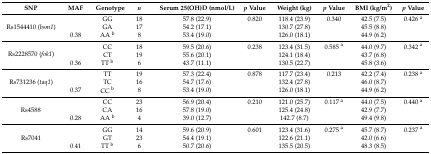
<table><thead><tr><td><b>SNP</b></td><td><b>MAF</b></td><td><b>Genotype</b></td><td><b><i>n</i></b></td><td><b>Serum 25(OH)D (nmol/L)</b></td><td><b><i>p</i> Value</b></td><td><b>Weight (kg)</b></td><td><b><i>p</i> Value</b></td><td><b>BMI (kg/m<sup>2</sup>)</b></td><td><b><i>p</i> Value</b></td></tr></thead><tbody><tr><td rowspan="3">Rs1544410 (<i>bsm1</i>)</td><td></td><td>GG</td><td>18</td><td>57.8 (22.9)</td><td>0.820</td><td>118.4 (23.9)</td><td>0.340</td><td>42.5 (7.5)</td><td>0.426 <sup>a</sup></td></tr><tr><td></td><td>GA</td><td>17</td><td>54.2 (17.1)</td><td></td><td>130.7 (27.8)</td><td></td><td>45.5 (8.8)</td><td></td></tr><tr><td>0.38</td><td>AA <sup>b</sup></td><td>8</td><td>53.4 (19.0)</td><td></td><td>126.0 (18.1)</td><td></td><td>44.9 (6.2)</td><td></td></tr><tr><td rowspan="3">Rs2228570 (<i>fok1</i>)</td><td></td><td>CC</td><td>18</td><td>59.5 (20.6)</td><td>0.238</td><td>123.4 (31.5)</td><td>0.585 <sup>a</sup></td><td>44.0 (9.7)</td><td>0.342 <sup>a</sup></td></tr><tr><td></td><td>CT</td><td>19</td><td>55.6 (20.1)</td><td></td><td>124.1 (18.4)</td><td></td><td>43.7 (6.8)</td><td></td></tr><tr><td>0.36</td><td>TT <sup>b</sup></td><td>6</td><td>43.7 (11.1)</td><td></td><td>130.5 (22.7)</td><td></td><td>45.8 (3.6)</td><td></td></tr><tr><td rowspan="3">Rs731236 (<i>taq1</i>)</td><td></td><td>TT</td><td>19</td><td>57.3 (22.4)</td><td>0.878</td><td>117.7 (23.4)</td><td>0.213</td><td>42.2 (7.4)</td><td>0.238 <sup>a</sup></td></tr><tr><td></td><td>TC</td><td>16</td><td>54.7 (17.6)</td><td></td><td>132.4 (27.8)</td><td></td><td>46.0 (8.7)</td><td></td></tr><tr><td>0.37</td><td>CC <sup>b</sup></td><td>8</td><td>53.4 (19.0)</td><td></td><td>126.0 (18.1)</td><td></td><td>44.9 (6.2)</td><td></td></tr><tr><td rowspan="3">Rs4588</td><td></td><td>CC</td><td>23</td><td>56.9 (20.4)</td><td>0.210</td><td>121.0 (25.7)</td><td>0.117 <sup>a</sup></td><td>44.0 (7.5)</td><td>0.440 <sup>a</sup></td></tr><tr><td></td><td>CA</td><td>16</td><td>57.8 (19.0)</td><td></td><td>125.4 (24.8)</td><td></td><td>42.9 (7.7)</td><td></td></tr><tr><td>0.28</td><td>AA <sup>b</sup></td><td>4</td><td>39.0 (12.7)</td><td></td><td>142.7 (8.7)</td><td></td><td>49.4 (9.8)</td><td></td></tr><tr><td rowspan="3">Rs7041</td><td></td><td>GG</td><td>14</td><td>59.6 (20.9)</td><td>0.601</td><td>123.4 (31.6)</td><td>0.275 <sup>a</sup></td><td>45.7 (8.7)</td><td>0.237 <sup>a</sup></td></tr><tr><td></td><td>GT</td><td>23</td><td>54.4 (19.1)</td><td></td><td>122.6 (21.1)</td><td></td><td>42.0 (6.6)</td><td></td></tr><tr><td>0.41</td><td>TT <sup>b</sup></td><td>6</td><td>50.7 (20.6)</td><td></td><td>135.5 (20.5)</td><td></td><td>48.3 (8.5)</td><td></td></tr></tbody></table>